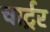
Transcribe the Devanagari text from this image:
चार्ट्रर